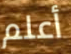
أعلم